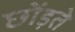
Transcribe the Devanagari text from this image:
छोंड़ते